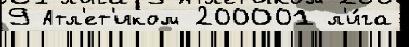
9 Атл'ет'иком 200001 л'и́га